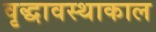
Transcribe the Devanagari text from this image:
वृद्धावस्थाकाल